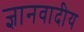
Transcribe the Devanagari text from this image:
ज्ञानवादीय